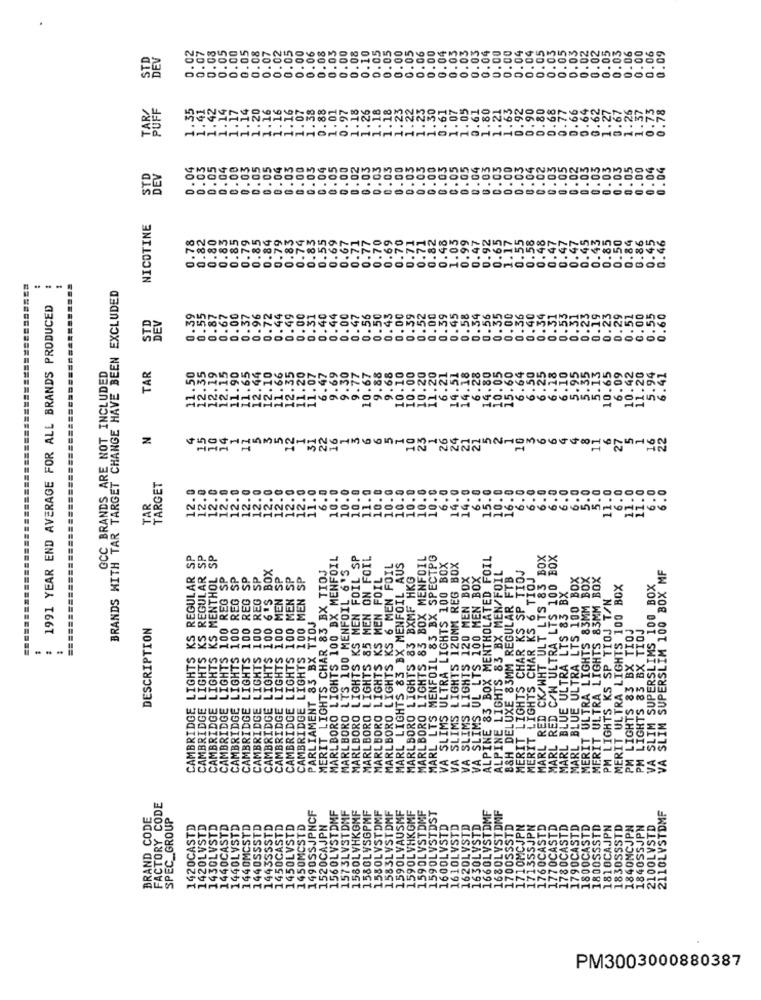
.08
.00
0.06
.08
.05
2.00
0.08
0.10
0.00
0.05
0.04
0.00
0.00
04
04
0.05
0.02
0.06
0.00
0.06
DEV
0.05
0.00
0.0.
0.0
0.0!
0.0
0.02
0.05
0.03
0.09
Emmm
FARE
1.14
1.14
1.20
1.16
. 38
0.88
.01
0.97
1.18
1.26
1.18
1.18
22
.30
0.61
1. 07
1.05
.61
1.80
.21
1.63
0.92
0.90
0.80
0.68
0.77
D.66
0.64
0.62
1.27
0.67
1.26
. 37
.73
0.78
1.42
1.1
1.1
1.2
1.
DEV
0.04
0.03
0.05
0.04
0.00
0.03
0.05
0.05
0.04
0.03
0.00
0.03
0.04
0.05
0.00
0.02
0.03
0.03
0.03
0.00
0.05
0.03
.00
0.03
0.05
0.05
0.04
.03
0.05
0.00
0.03
0.04
0.02
0.03
0.05
.02
0.03
0.05
.03
.03
05
.00
.04
0.04
NICOTINE
0.78
0.82
0.80
0.83
0.85
0.79
0.85
0.84
0.79
0.83
0.74
0.83
0.55
0.69
0.67
0.71
0.77
0.55
0.58
0.48
0.47
0.47
0.45
0.43
0.85
0.50
0.84
0.86
0.45
0.46
0.70
0.70
0.48
1.05
0.6.
1.1
0.47
.. ..
BRANDS WITH TAR TARGET CHANGE HAVE BEEN EXCLUDED
1991 YEAR END AVERAGE FOR ALL BRANDS PRODUCED
0.67
0.00
0.96
0.72
0.49
0.56
0.35
0.00
0.36
0.40
0.34
0.31
0.53
0. 59
0.55
0.87
0.37
0.44
0.00
0.31
0.40
0.44
0.00
0.47
0.50
.58
0.31
0.23
0.19
0.23
0.29
0.51
0.00
0.55
0.60
STD
DEV
0.
GCC BRANDS ARE NOT INCLUDED
.50
12.19
12.35
11.20
11.07
6.47
9.69
9.30
10.67
6.21
19.51
6.28
14.80
10.05
15.60
6.64
6. 50
6.25
6.18
6.10
5.95
5.35
5.13
10.65
6.09
10.42
5.94
TAR
9.77
9.88
9.68
10.10
10.00
10.20
11.20
14.18
11.20
.41
531196416MN
10
12221122121
16
N
14
12
31
22
6
6
10
23
26
24
21
5
2
1
10
6
6
8
6
27
45041153521
15
10
11
TARGET
12. 0
12.0
12.0
12.0
12.0
11.0
6.0
10.0
10.0
10.0
11.0
10.0
10.0
10.0
10.0
10.0
10.0
6.0
14.0
14.0
6.0
15.0
10.0
16.0
6.0
6.0
6.0
6.0
6.0
5.0
5.0
11.0
6.0
11.0
11.0
6.0
6.0
12.0
6.0
TAR
VN
CAMBRIDGE LIGHTS KS REGULAR SP
CAMBRIDGE LIGHTS KS REGULAR SP
L SP
MARLBORO LIGHTS 100 BX MENFOIL
MARLBORO LIGHTS KS MEN FOIL SP
MEN ON FOIL
MARLBORO LIGHTS 83 BOX MENFOIL
MARL LTS MENFOIL 83 BX SPECTPG
VA SLIMS ULTRA LIGHTS 100 BOX
ALPINE 83 BOX MENTHOLATED FOIL
RED CK/WHT ULT LTS 83 BOX
MARL RED C/W ULTRA LTS 100 BOX
CAMBRIDGE LIGHTS KS MENTHOLS
CAMBRIDGE LIGHTS 100 6'S BOX
MERIT LIGHTS CHAR 83 BX TIOJ
MARLBORO LTS 100 MENFOIL 6'5
KS 6 MEN FOIL
MARL LIGHTS 83 BX MENFOIL AUS
SLIMS LIGHTS 120MM REG BOX
ALPINE LIGHTS 83 BX MEN/FOIL
VA SLIM SUPERSLIM 100 BOX MF
CAMBRIDGE LIGHTS 100 REG SP
O SP
CAMBRIDGE LIGHTS 100 REG SP
CAMBRIDGE LIGHTS 100 REG SP
CAMBRIDGE LIGHTS 100 MEN SP
CAMBRIDGE LIGHTS 100 MEN SP
CAMBRIDGE LIGHTS 100 MEN SP
KS MEN FOIL
MARLBORO LIGHTS 83 BXMF HKG
SLIMS LIGHTS 120 MEN BOX
A SLIMS UL LTS 100 MEN BOX
B&H DELUXE 83MM REGULAR FTB
MERIT LIGHTS CHAR KS SP_TIOJ
MERIT LIGHTS CHAR KS 6 TIOJ
MARL BLUE ULTRA LTS 100 BOX
MERIT ULTRA LIGHTS 83MM BOX
MERIT ULTRA LIGHTS 83MM BOX
MARL BLUE ULTRA LTS 83 BX
MERIT ULTRA LIGHTS 100 BOX
SLIM SUPERSLIMS 100 BOX
CAMBRIDGE LIGHTS 100 REG
PM_LIGHTS KS SP TIOJ T/N
PARLIAMENT 83 BX TIDJ
DESCRIPTION
PM LIGHTS 83 BX TIOJ
PM LIGHTS 83 BX TIOJ
MARLBORO LIGHTS_
MARLBORO LIGHTS
MARLBORO LIGHTS
MARL
VA
FACTORY CODE
1490SSJPNCF
1560LVSTDMF
1573LVSTDMF
1580L VHKGMF
1580LYSGPMF
1583LVST DMF
1590LVHKGMF
1590LYSTDMF
1660LYSTDMF
VSTDMF
2110LVSTDMF
BRAND CODE
SPEC_GROUP
1580LVSTDMF
1590LVAUSMF
1590LVSTDST
SSSTD
1420CASTD
1430LVSTD
1440CASTD
1440LVSTD
1440MCSTD
1440SSSTD
144355STD
1450CASTD
1450LVSTD
1450MCSTD
1520CAJPN
1600LVSTD
1610LVSTD
1620LVSTD
1630LYSTD
710MCJPN
SSJPN
760CASTD
TD
1780CASTD
TD
TD
1800SSSTD
1810CAJPN
SSSTD
1840MCJPN
1840SSJPN
2100LVSTD
1770CA
1800CA
55
161
1790
PM3003000880387